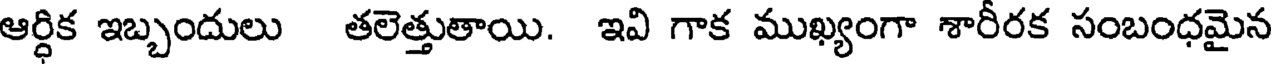
ఆర్ధిక ఇబ్బందులు తలెత్తుతాయి. ఇవి గాక ముఖ్యంగా శారీరక సంబంధమైన